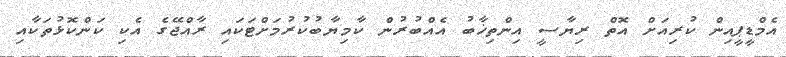
އެމްޑީޕީއިން ކުރިއަށް އޮތް ރިޔާސީ އިންތިޚާބު އެއްބުރުން ކާމިޔާބުކުރުމަށްޓަކައި ރާއްޖޭގެ އެކި ކަންކޮޅުތަކާއި